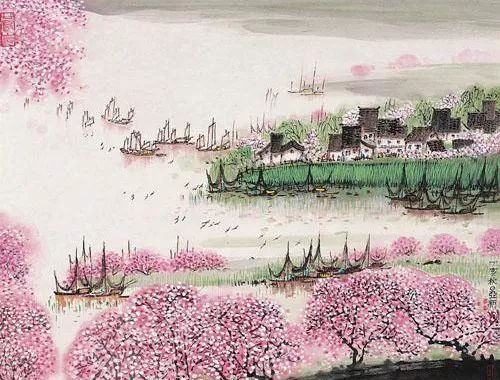
日长唯鸟雀，春远独柴荆。